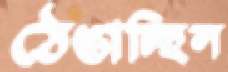
ঠেঙাচ্ছিল